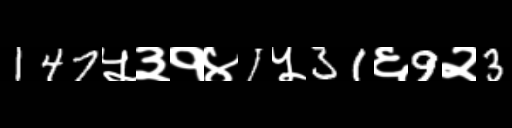
Text: 147५३१४1५31६9२3